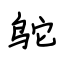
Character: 鸵